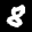
Label: 8